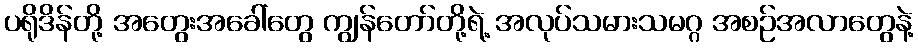
ပရိုဒိန်တို့ အတွေးအခေါ်တွေ ကျွန်တော်တို့ရဲ့ အလုပ်သမားသမဂ္ဂ အစဉ်အလာတွေနဲ့